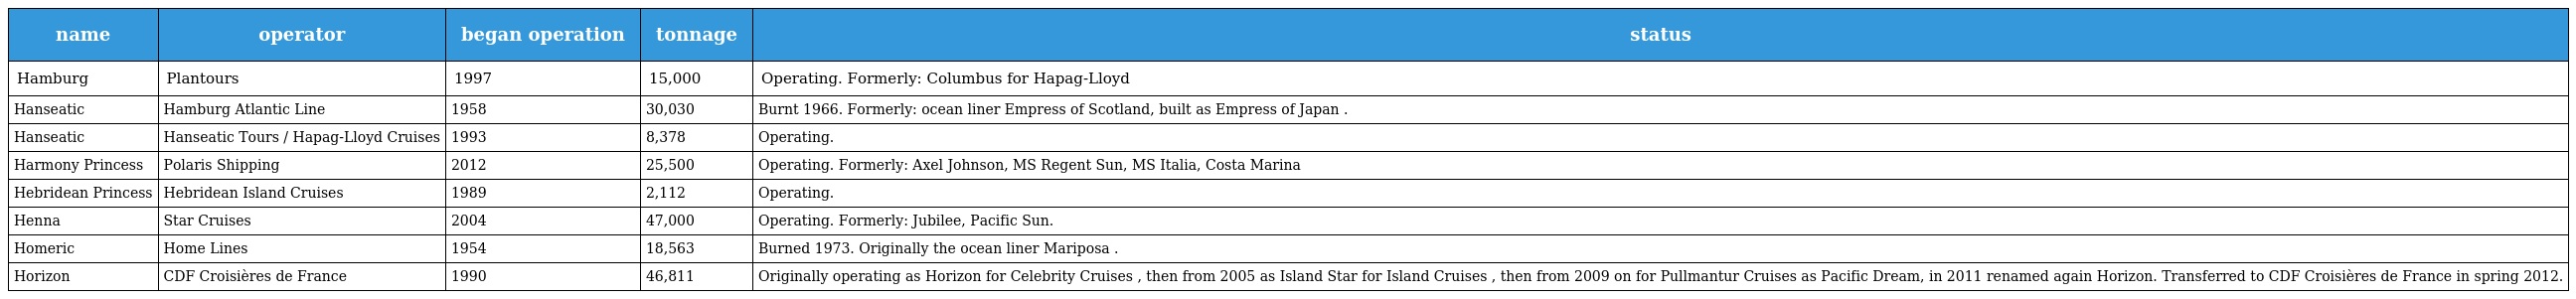
| name | operator | began operation | tonnage | status |
 | --- | --- | --- | --- | --- |
 | Hamburg | Plantours | 1997 | 15,000 | Operating. Formerly: Columbus for Hapag-Lloyd |
 | Hanseatic | Hamburg Atlantic Line | 1958 | 30,030 | Burnt 1966. Formerly: ocean liner Empress of Scotland, built as Empress of Japan . |
 | Hanseatic | Hanseatic Tours / Hapag-Lloyd Cruises | 1993 | 8,378 | Operating. |
 | Harmony Princess | Polaris Shipping | 2012 | 25,500 | Operating. Formerly: Axel Johnson, MS Regent Sun, MS Italia, Costa Marina |
 | Hebridean Princess | Hebridean Island Cruises | 1989 | 2,112 | Operating. |
 | Henna | Star Cruises | 2004 | 47,000 | Operating. Formerly: Jubilee, Pacific Sun. |
 | Homeric | Home Lines | 1954 | 18,563 | Burned 1973. Originally the ocean liner Mariposa . |
 | Horizon | CDF Croisières de France | 1990 | 46,811 | Originally operating as Horizon for Celebrity Cruises , then from 2005 as Island Star for Island Cruises , then from 2009 on for Pullmantur Cruises as Pacific Dream, in 2011 renamed again Horizon. Transferred to CDF Croisières de France in spring 2012. |